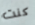
كنت